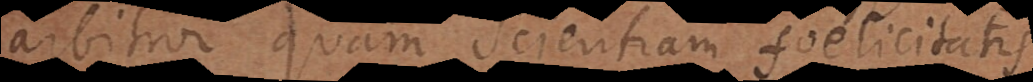
arbitror quam Scientiam foelicitatis,